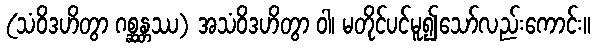
(သံဝိဒဟိတွာ ဂစ္ဆန္တဿ) အသံဝိဒဟိတွာ ဝါ၊ မတိုင်ပင်မူ၍သော်လည်းကောင်း။